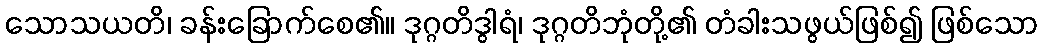
သောသယတိ၊ ခန်းခြောက်စေ၏။ ဒုဂ္ဂတိဒွါရံ၊ ဒုဂ္ဂတိဘုံတို့၏ တံခါးသဖွယ်ဖြစ်၍ ဖြစ်သော